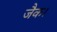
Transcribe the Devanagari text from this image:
जैक।